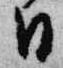
日